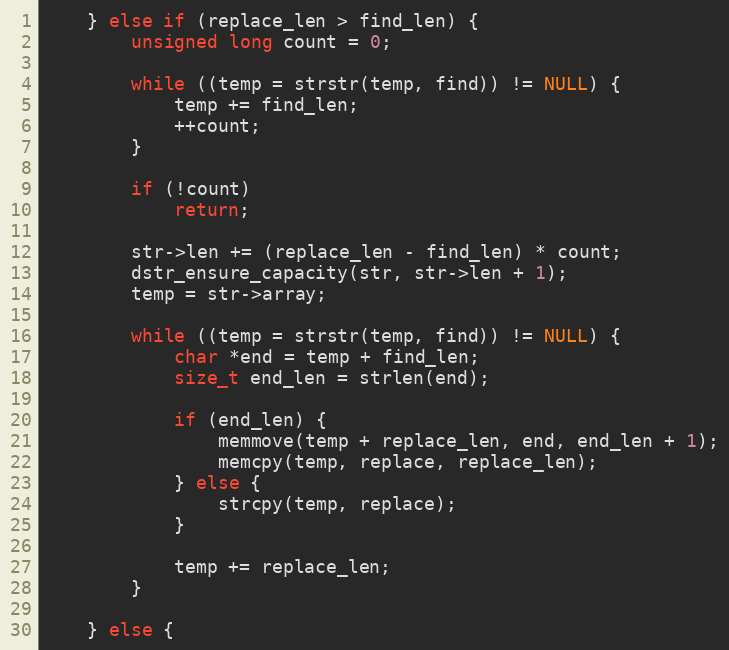
Language: C
	} else if (replace_len > find_len) {
		unsigned long count = 0;

		while ((temp = strstr(temp, find)) != NULL) {
			temp += find_len;
			++count;
		}

		if (!count)
			return;

		str->len += (replace_len - find_len) * count;
		dstr_ensure_capacity(str, str->len + 1);
		temp = str->array;

		while ((temp = strstr(temp, find)) != NULL) {
			char *end = temp + find_len;
			size_t end_len = strlen(end);

			if (end_len) {
				memmove(temp + replace_len, end, end_len + 1);
				memcpy(temp, replace, replace_len);
			} else {
				strcpy(temp, replace);
			}

			temp += replace_len;
		}

	} else {